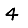
Digit: 4